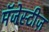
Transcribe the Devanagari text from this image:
मॅजेस्टीज़